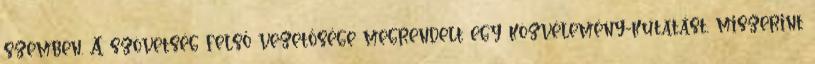
szemben. A szövetség felső vezetősége megrendelt egy közvélemény-kutatást, miszerint